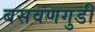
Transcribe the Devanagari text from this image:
बसवणगुडी